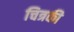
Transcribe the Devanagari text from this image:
चित्रकी